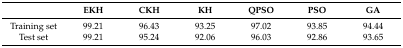
<table><thead><tr><td>[EMPTY_CELL]</td><td><b>EKH</b></td><td><b>CKH</b></td><td><b>KH</b></td><td><b>QPSO</b></td><td><b>PSO</b></td><td><b>GA</b></td></tr></thead><tbody><tr><td>Training set</td><td>99.21</td><td>96.43</td><td>93.25</td><td>97.02</td><td>93.85</td><td>94.44</td></tr><tr><td>Test set</td><td>99.21</td><td>95.24</td><td>92.06</td><td>96.03</td><td>92.86</td><td>93.65</td></tr></tbody></table>